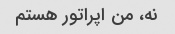
نه، من اپراتور هستم